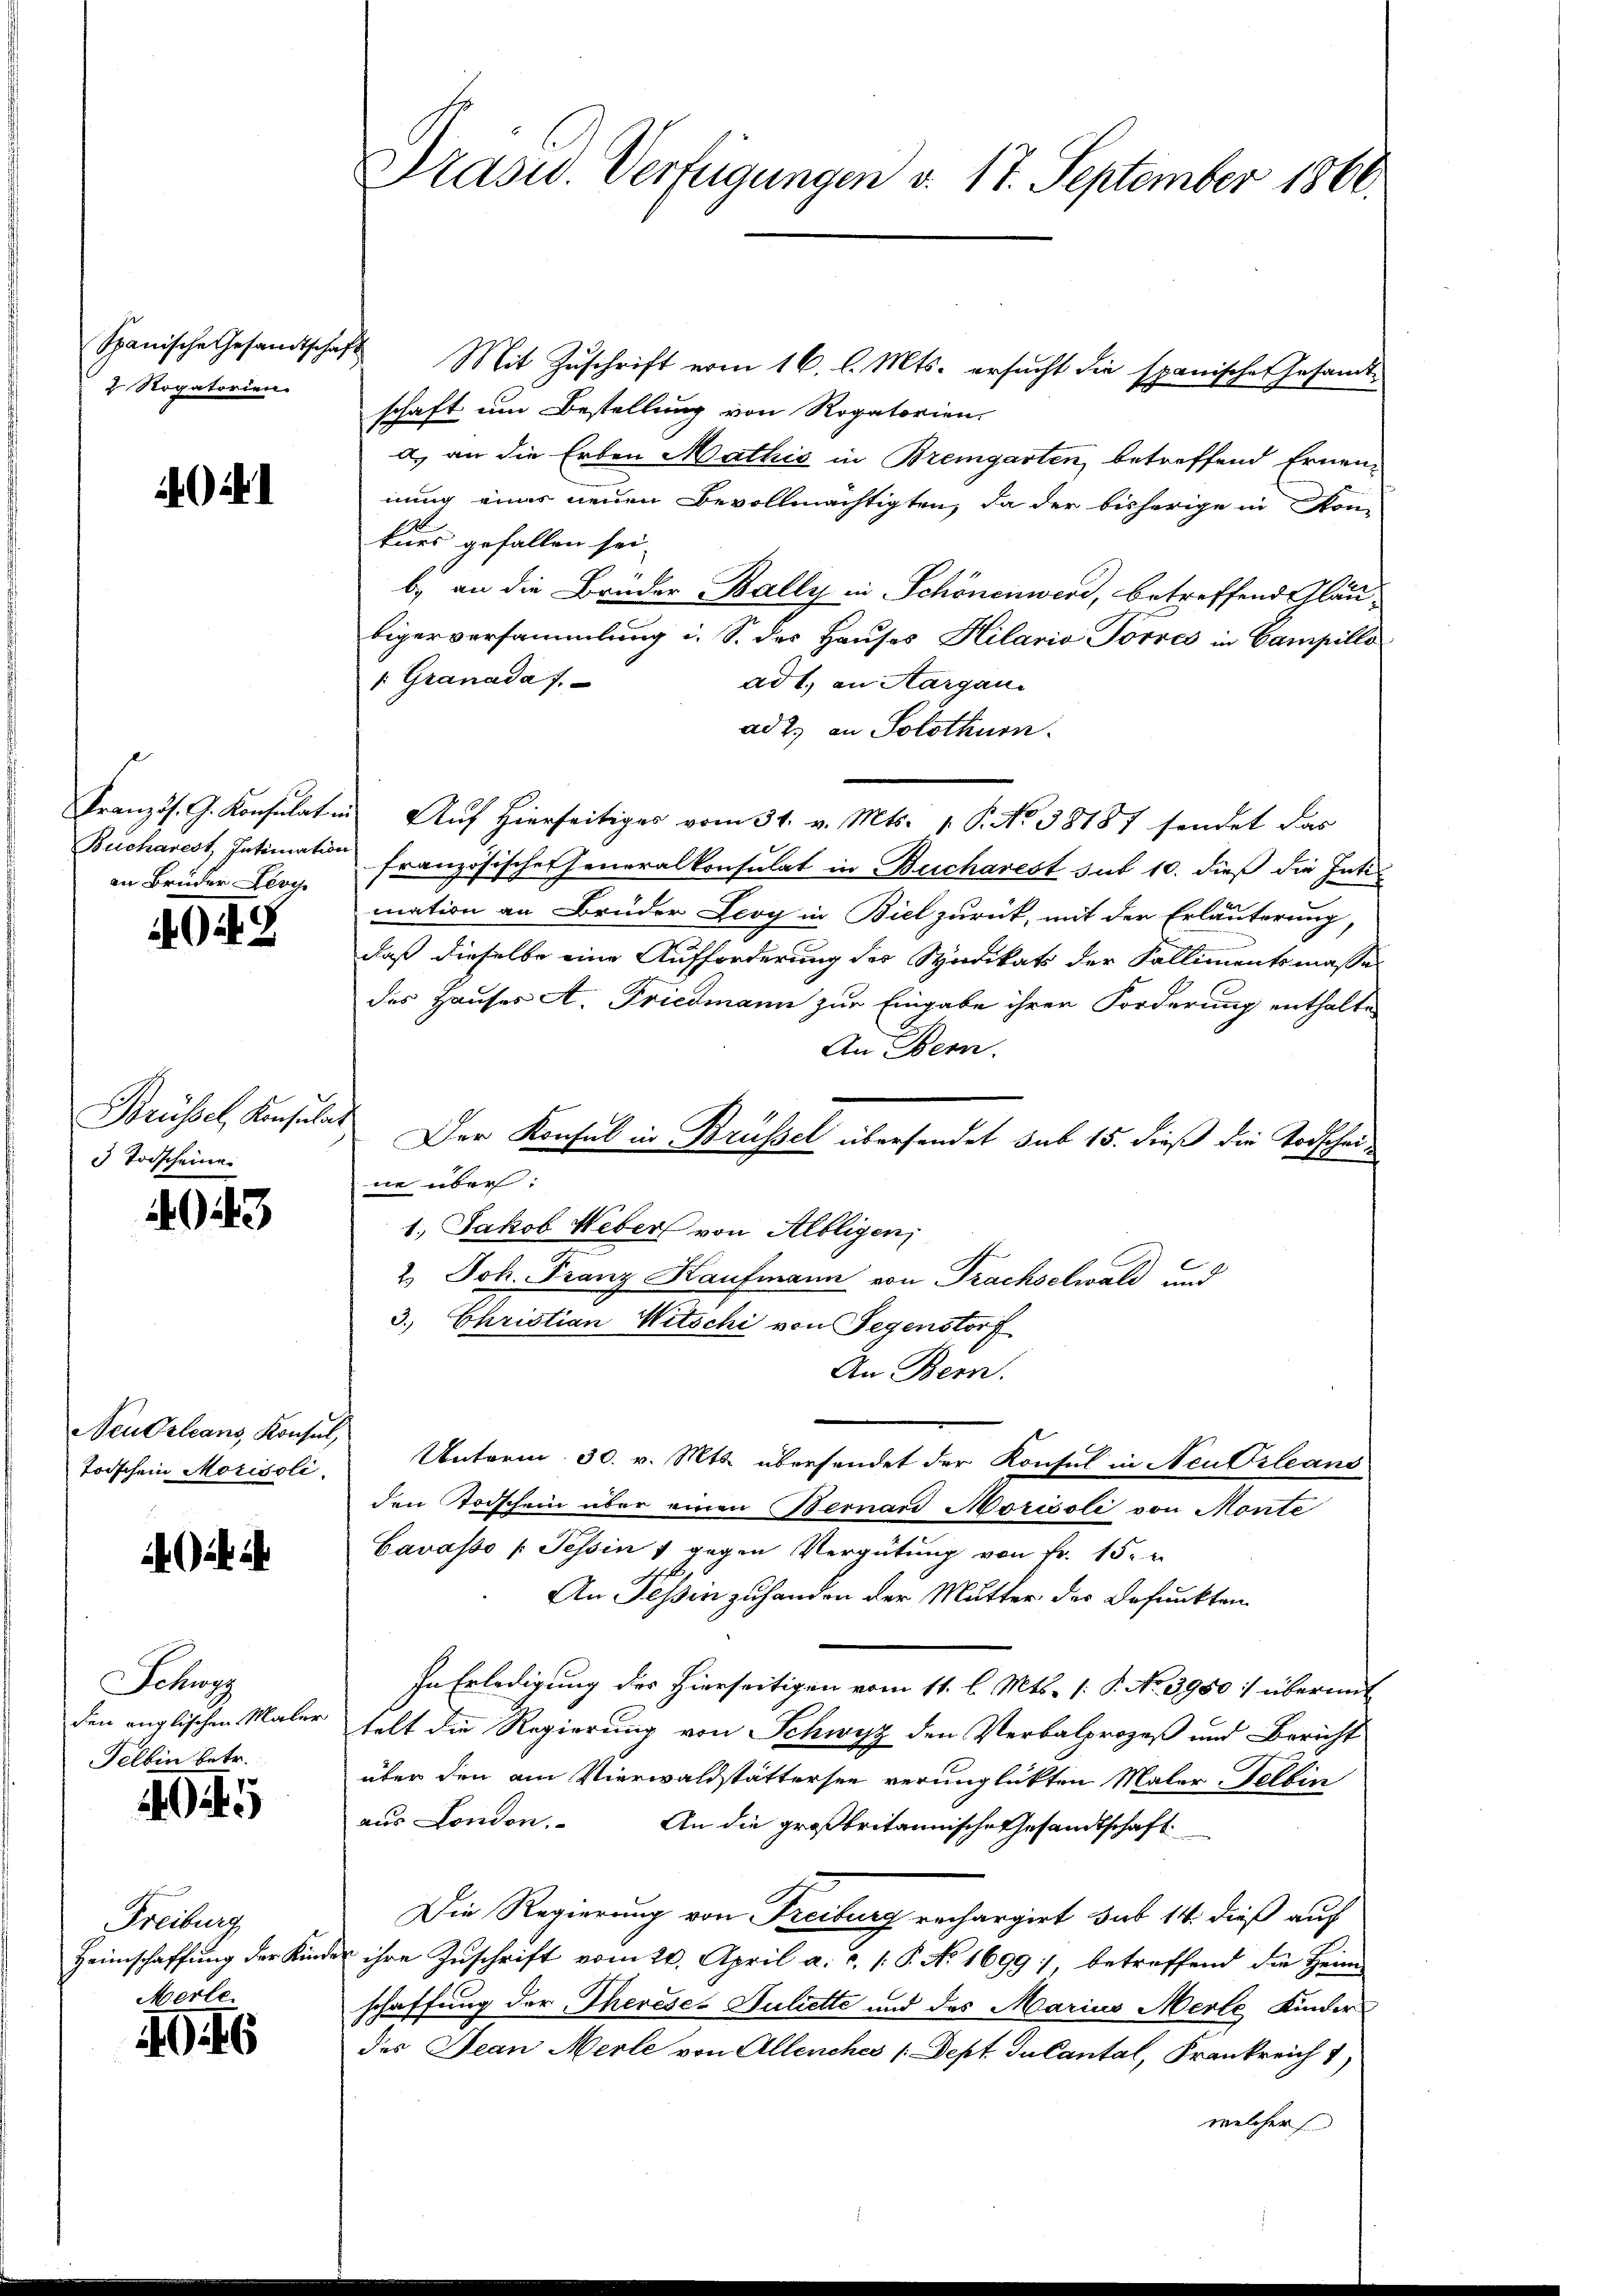
2 Rogatorien.

i

an Brüder Levi

O Z

Brüssel, Konsulat
3 Todscheine

943

Neu Orleans, Konsul
toischen Morisoli

Schwyz
den englischen Maler
Felben betr.

1945

Freiburg
Heimschaffung der Kin¬

Merle
406

Spanische Gesandtschaft Mit Zŭschrift vom 16. l. Mts. ersŭcht die spanische Gesamt-
schaft um Bestellung von Rogatorien.
a.) an die Erben Mathić in Bremgarten, betreffend Ernennung einer neuen Bevollmächtigten, da der bisherige in Kon-
kurs gefallen sei.
b) an die Brüder Bally in Schönenwerd, betreffend Gläu-
bigerversammlung i. S. des Hauses Hilaria Torres in Campillo
1: Granada 7.
ad 1., an Aargaui
ad 2. an Solothurn.
Französ. G. Konsulat in Auf hierseitiges vom 31. v. Mts. 1. P. No 38187 sendet das
Bucharest, Intimation französischer Generalkonsulat in Bucharest sub 10. dieß die Inti
mation an Brüder Leoy in Biel zurück, mit der Erläuterung,
daß dieselbe eine Aufforderung der Syndikats der Kallimentsmasse
des Hauses A. Friedmann zur Eingabe ihrer Forderung enthalte
An Bern.
Der Konsul in Brüssel übersendet sub 15. dieß die Todscheine über:
1. Jakob Weber von Albligen,
2. Joh. Franz Kaufmann von Prachselwald und
3. Christian Witschi von Gegenstorf
An Bern.
Unterm 30. v. Mts. übersendet der Konsul in Neu Orleans
den Todschein über einen Bernard Moricoli von Monte
Carasso (Tessin 7 gegen Vergütung von Fr. 15.
An Tessin zuhanden der Mutter der Befunkten
In Erledigung des hierseitigen vom 11. l. Mts. (: P. No 3950: übermit
telt die Regierung von Schwyz den Verbalprozeß und Bericht
über den am Vierwaldstättersee verunglückten Maler-Felbin
aus London. An die großbritannische Gesandtschaft
Die Regierung von Freiburg rechargirt sub 14. dieß auf
der ihre Zuschrift vom 20. April a. c. (: P. No 1699, betreffend die Heim
schaffung der Thereses Juliette und des Marius Merle Kinder
des Jean Merle von Allenches /:Dept Julantal, Frankreich 7
welcher

Präsid. Verfügungen d. 17. September 1866.